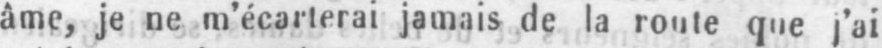
âme, je ne m’écarterai jamais de la route que j’ai